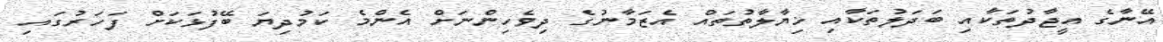
އޭނާގެ އީޖާދުތަކާއި ބަދަލުތަކާއި ޚިޔާލާތުތައް އެޒަމާނުގެ ދިވެހިންނަށް އެންމެ ކަމުދިޔަ ބޭފުޅަކަށް ފަހަރުގައި